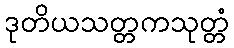
ဒုတိယသတ္တကသုတ္တံ